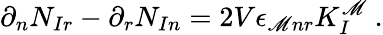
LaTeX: \partial_{n}N_{Ir}-\partial_{r}N_{In}=2V\epsilon_{\mathscr{M}nr}K_{I}^{\mathscr{M}}\ .